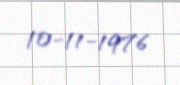
10-11-1976